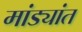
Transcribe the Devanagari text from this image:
मांड्यांत